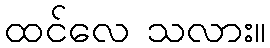
ထင်လေ သလား။